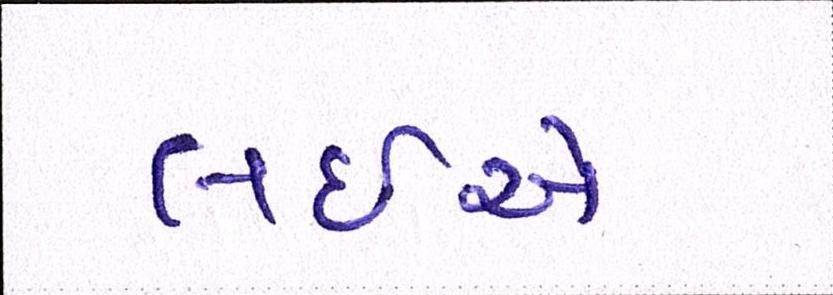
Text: લઈએ